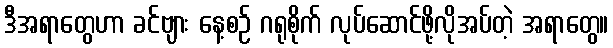
ဒီအရာတွေဟာ ခင်ဗျား နေ့စဉ် ဂရုစိုက် လုပ်ဆောင်ဖို့လိုအပ်တဲ့ အရာတွေ။